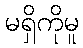
မရှိကိုမူ